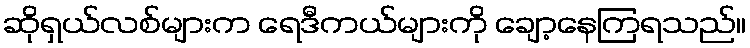
ဆိုရှယ်လစ်များက ရေဒီကယ်များကို ချော့နေကြရသည်။